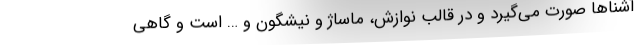
آشناها صورت می‌گیرد و در قالب نوازش، ماساژ و نیشگون و … است و گاهی